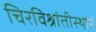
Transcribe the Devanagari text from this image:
चिरविश्रांतीस्थाने